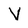
Character: V